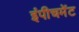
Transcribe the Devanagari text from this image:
इंपीचमेंट